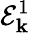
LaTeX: \mathcal{E}_{\mathbf{k}}^{1}